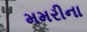
મમરીના